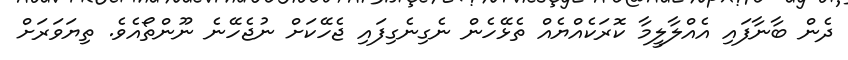
ދެން ބާނާފައި އެއްލާލީމާ ކޮރަކެއްޔެއް ތެޅޭހެން ނެގިނެގިފައި ޖެހޭކަށް ނުޖެހޭނެ ނޫންތޯއެވެ. ތިޔަވަރަށް